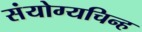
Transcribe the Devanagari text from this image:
संयोग्यचिन्ह